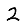
Digit: 2